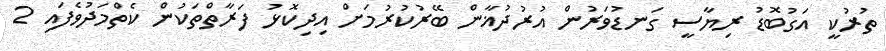
ތުރުކީ އަގުބޮޑު ރިޔާސީ ގަނޑުވަރުން އުރުދުޣާން ބޭރުކުރުމަށް އިދިކޮޅު ފަރާތްތަކުން ކެތްމަދުވެފައި 2